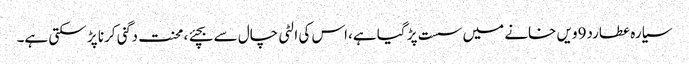
سیارہ عطارد9ویں خانے میں سست پڑ گیا ہے،اس کی الٹی چال سے بچئے ، محنت دگنی کرنا پڑ سکتی ہے۔